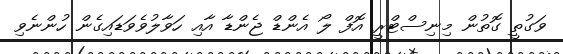
ވަގުތީ ގޮތުން މިނިސްޓްރީ އޮފް ލޯ އެންޑް ޖެންޑާ އާއި ހަވާލުވެވަޑައިގެން ހުންނެވި